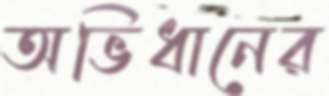
অভিধানের